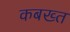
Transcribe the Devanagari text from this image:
कबख्त